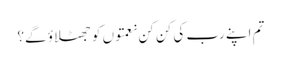
تم اپنے رب کی کن کن نعمتوں کو جھٹلاؤ گے؟